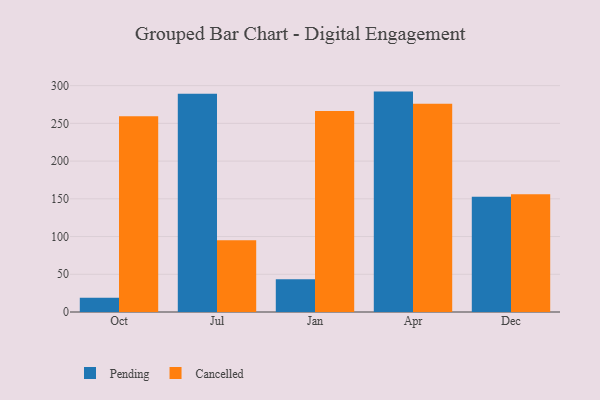
{"axis": {"x": "Month", "y": "Temperature (°C)"}, "legend": ["Cancelled", "Pending"], "data": [{"x": "Oct", "y": 18.9, "type": "Pending"}, {"x": "Oct", "y": 259.5, "type": "Cancelled"}, {"x": "Jul", "y": 289.1, "type": "Pending"}, {"x": "Jul", "y": 95.1, "type": "Cancelled"}, {"x": "Jan", "y": 43.3, "type": "Pending"}, {"x": "Jan", "y": 266.4, "type": "Cancelled"}, {"x": "Apr", "y": 292.1, "type": "Pending"}, {"x": "Apr", "y": 276.1, "type": "Cancelled"}, {"x": "Dec", "y": 152.9, "type": "Pending"}, {"x": "Dec", "y": 156.2, "type": "Cancelled"}]}